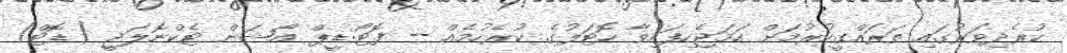
ކުރެދިވަރުގައި ތަރައްގީކުރުމަށް ހަމަޖެހިފައިވާ ހޮޓަލުގެ ކުރެހުމެއް -- ފޮޓޯ:ޑީޕް އޯޝަން ޓެކްނޮލަޖީ (ޑޮޓް)